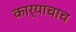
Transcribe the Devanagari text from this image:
कार्याचाच